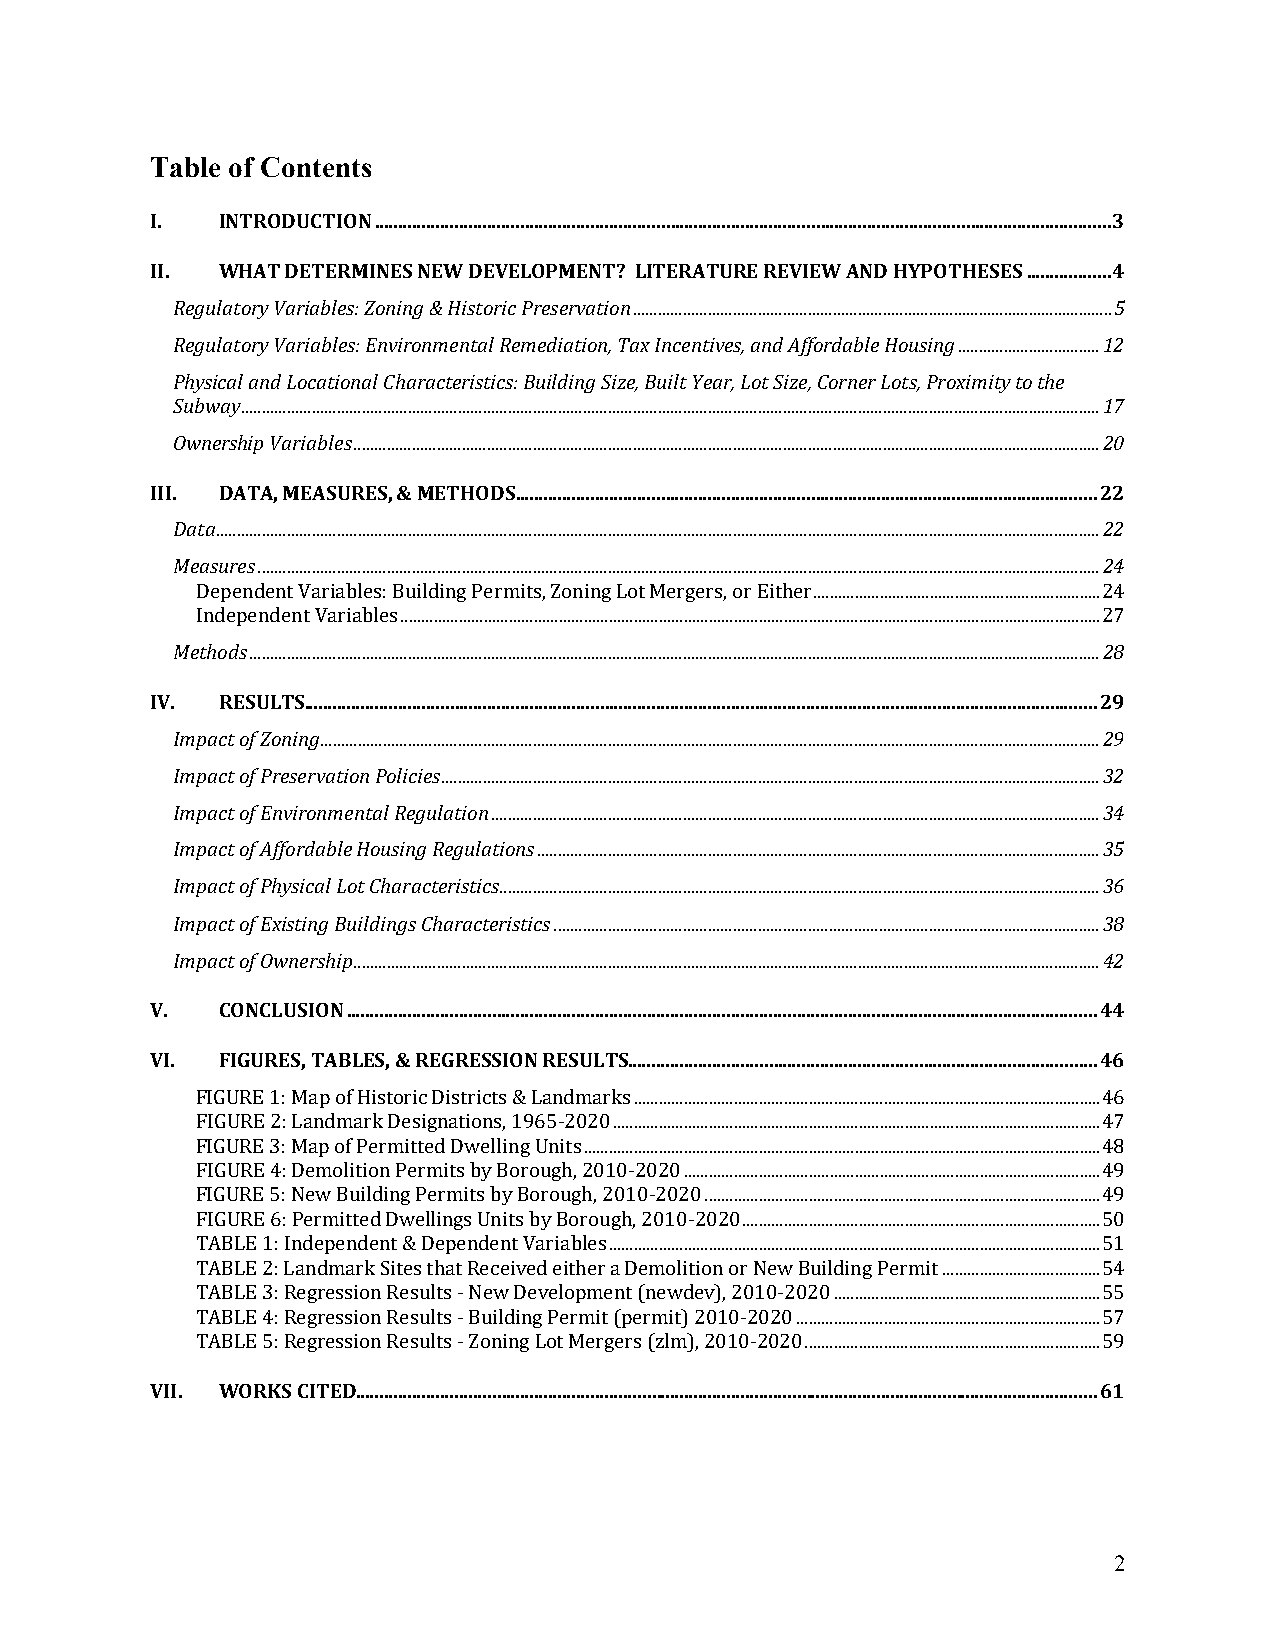
Table of Contents
 I.  INTRODUCTION ............................................................................................................................................................. 3
 II. WHAT DETERMINES NEW DEVELOPMENT? LITERATURE REVIEW AND HYPOTHESES .................. 4
 Regulatory Variables: Zoning & Historic Preservation ................................................................................................................... 5
 Regulatory Variables: Environmental Remediation, Tax Incentives, and Affordable Housing .................................. 12
 Physical and Locational Characteristics: Building Size, Built Year, Lot Size, Corner Lots, Proximity to the
 Subway .............................................................................................................................................................................................................. 17
 Ownership Variables ................................................................................................................................................................................... 20
 III. DATA, MEASURES, & METHODS ............................................................................................................................ 22
 Data .................................................................................................................................................................................................................... 22
 Measures .......................................................................................................................................................................................................... 24
 Dependent Variables: Building Permits, Zoning Lot Mergers, or Either ..................................................................... 24
 Independent Variables ........................................................................................................................................................................ 27
 Methods ............................................................................................................................................................................................................ 28
 IV. RESULTS......................................................................................................................................................................... 29
 Impact of Zoning ........................................................................................................................................................................................... 29
 Impact of Preservation Policies .............................................................................................................................................................. 32
 Impact of Environmental Regulation .................................................................................................................................................. 34
 Impact of Affordable Housing Regulations ....................................................................................................................................... 35
 Impact of Physical Lot Characteristics ................................................................................................................................................ 36
 Impact of Existing Buildings Characteristics ................................................................................................................................... 38
 Impact of Ownership ................................................................................................................................................................................... 42
 V.  CONCLUSION ................................................................................................................................................................ 44
 VI. FIGURES, TABLES, & REGRESSION RESULTS.................................................................................................... 46
 FIGURE 1: Map of Historic Districts & Landmarks ................................................................................................................ 46
 FIGURE 2: Landmark Designations, 1965-2020 ..................................................................................................................... 47
 FIGURE 3: Map of Permitted Dwelling Units ............................................................................................................................ 48
 FIGURE 4: Demolition Permits by Borough, 2010-2020 .................................................................................................... 49
 FIGURE 5: New Building Permits by Borough, 2010-2020 ............................................................................................... 49
 FIGURE 6: Permitted Dwellings Units by Borough, 2010-2020 ...................................................................................... 50
 TABLE 1: Independent & Dependent Variables ...................................................................................................................... 51
 TABLE 2: Landmark Sites that Received either a Demolition or New Building Permit ...................................... 54
 TABLE 3: Regression Results - New Development (newdev), 2010-2020 ................................................................ 55
 TABLE 4: Regression Results - Building Permit (permit) 2010-2020 ......................................................................... 57
 TABLE 5: Regression Results - Zoning Lot Mergers (zlm), 2010-2020 ....................................................................... 59
 VII. WORKS CITED .............................................................................................................................................................. 61
 2